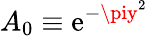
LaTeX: A_{0}\equiv\mathrm{e}^{-\piy^{2}}